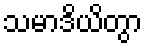
သမာဒိယိတွာ